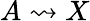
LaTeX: A\rightsquigarrow X